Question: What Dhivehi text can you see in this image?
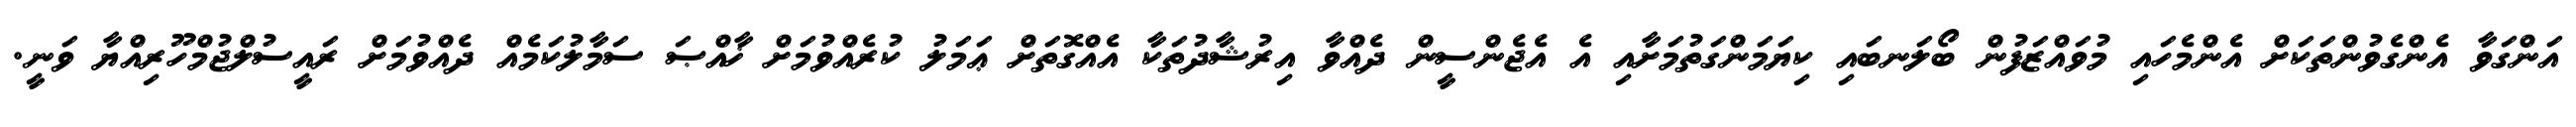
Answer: އަންގަވާ އެންގެވުންތަކަށް އެންމެހައި މުވައްޒަފުން ބޯލަނބައި ކިޔަމަންގަތުމަށާއި އެ އެޖެންސީން ދެއްވާ އިރުޝާދުތަކާ އެއްގޮތަށް ޢަމަލު ކުރެއްވުމަށް ޚާއްޞަ ސަމާލުކަމެއް ދެއްވުމަށް ރައީސުލްޖުމްހޫރިއްޔާ ވަނީ.